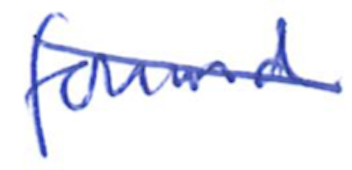
Text: found
Cross-out: diagonal
Writing tool: ballpoint